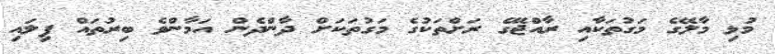
މުޅި މާލޭގެ މަގުތަކާއި ރާއްޖޭގެ ރަށްތަކުގެ މަގުތަކަށް ދާންދެން އަމާންވެ ބިރުތައް ފިލައި